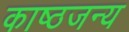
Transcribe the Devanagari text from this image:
काष्ठजन्य